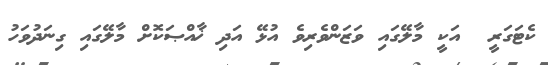
ކެޓަގަރީ  އަކީ މާލޭގައި ވަޒަންވެރިވެ އުޅޭ އަދި ޚާއްޞަކޮށް މާލޭގައި ގިނަދުވަހު